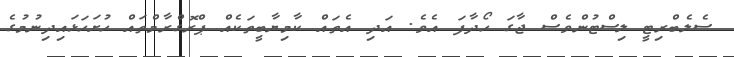
ސެލެބްރިޓީ ލިސްޓުންވެސް ޖާގަ ހޯދާފަ އެވެ. އަދި އެތައް ކާމިޔާބީތަކެއް ޕްރޮގްރާމްތައް ހުށަހަޅައިދިނުމުގެ